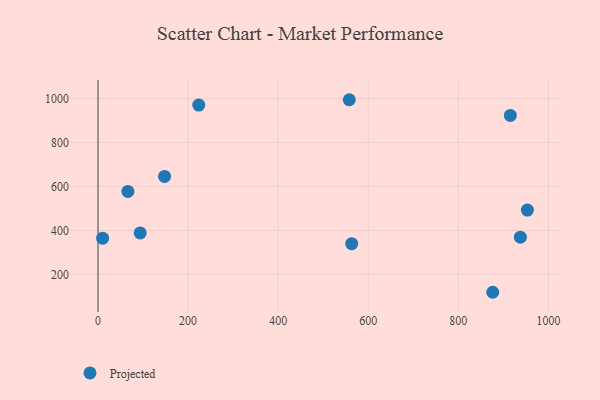
{"axis": {"x": "Experience", "y": "Sales"}, "legend": ["Projected"], "data": [{"x": "563.2", "y": 340.0, "type": "Projected"}, {"x": "66.3", "y": 577.8, "type": "Projected"}, {"x": "953.2", "y": 492.9, "type": "Projected"}, {"x": "937.7", "y": 369.5, "type": "Projected"}, {"x": "876.3", "y": 118.8, "type": "Projected"}, {"x": "10.2", "y": 364.9, "type": "Projected"}, {"x": "147.7", "y": 645.8, "type": "Projected"}, {"x": "93.6", "y": 388.7, "type": "Projected"}, {"x": "915.4", "y": 923.2, "type": "Projected"}, {"x": "557.8", "y": 994.8, "type": "Projected"}, {"x": "223.6", "y": 970.6, "type": "Projected"}]}